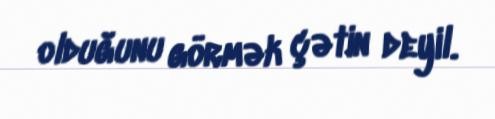
olduğunu görmək çətin deyil.